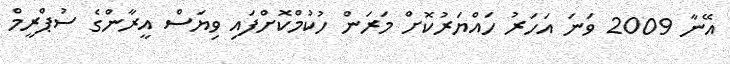
އޭނާ 2009 ވަނަ އަހަރު ހައްޔަރުކޮށް މަރަން ހުކުމްކޮށްފައި ވިޔަސް އީރާންގެ ސުޕްރީމް